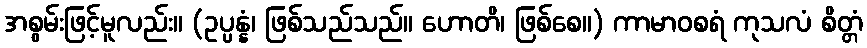
အစွမ်းဖြင့်မူလည်း။ (ဥပ္ပန္နံ၊ ဖြစ်သည်သည်။ ဟောတိ၊ ဖြစ်စေ။) ကာမာဝစရံ ကုသလံ စိတ္တံ